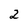
Character: 2